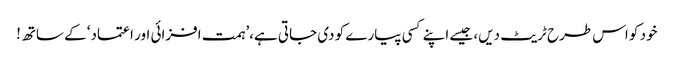
خود کو اس طرح ٹریٹ دیں، جیسے اپنے کسی پیارے کو دی جاتی ہے،’ہمت افزائی اور اعتماد‘ کے ساتھ!